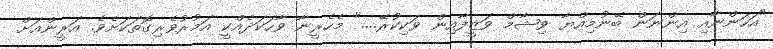
"އަހަންނާއި އިންނަން ބޭނުމިއްޔާ ވިޝާމް ވަޒީފާއިން ވަކިކުރޭ...." މެހެރީނާ ވާހަކަދެއްކީ އަމުރުވެރިގޮތަކަށެވެ. އަރީންއަށް